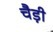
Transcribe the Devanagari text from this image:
चैड़ी